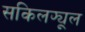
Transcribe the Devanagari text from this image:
सकिलफ्यूल